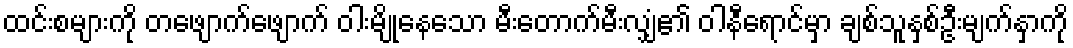
ထင်းစများကို တဖျောက်ဖျောက် ဝါးမျိုနေသော မီးတောက်မီးလျှံ၏ ဝါနီရောင်မှာ ချစ်သူနှစ်ဦးမျက်နှာကို